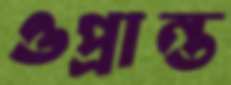
ওপ্রান্ত